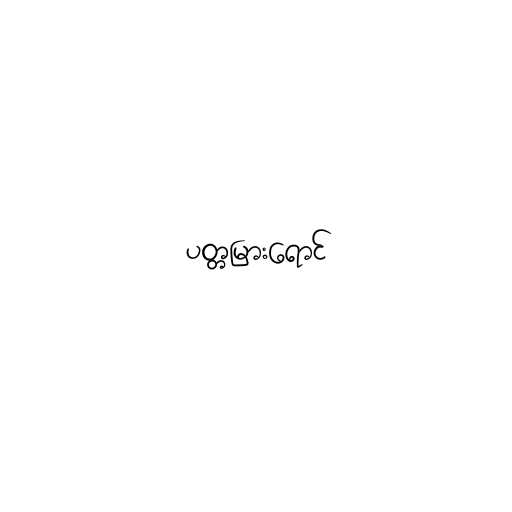
ပတ္တမြားရောင်